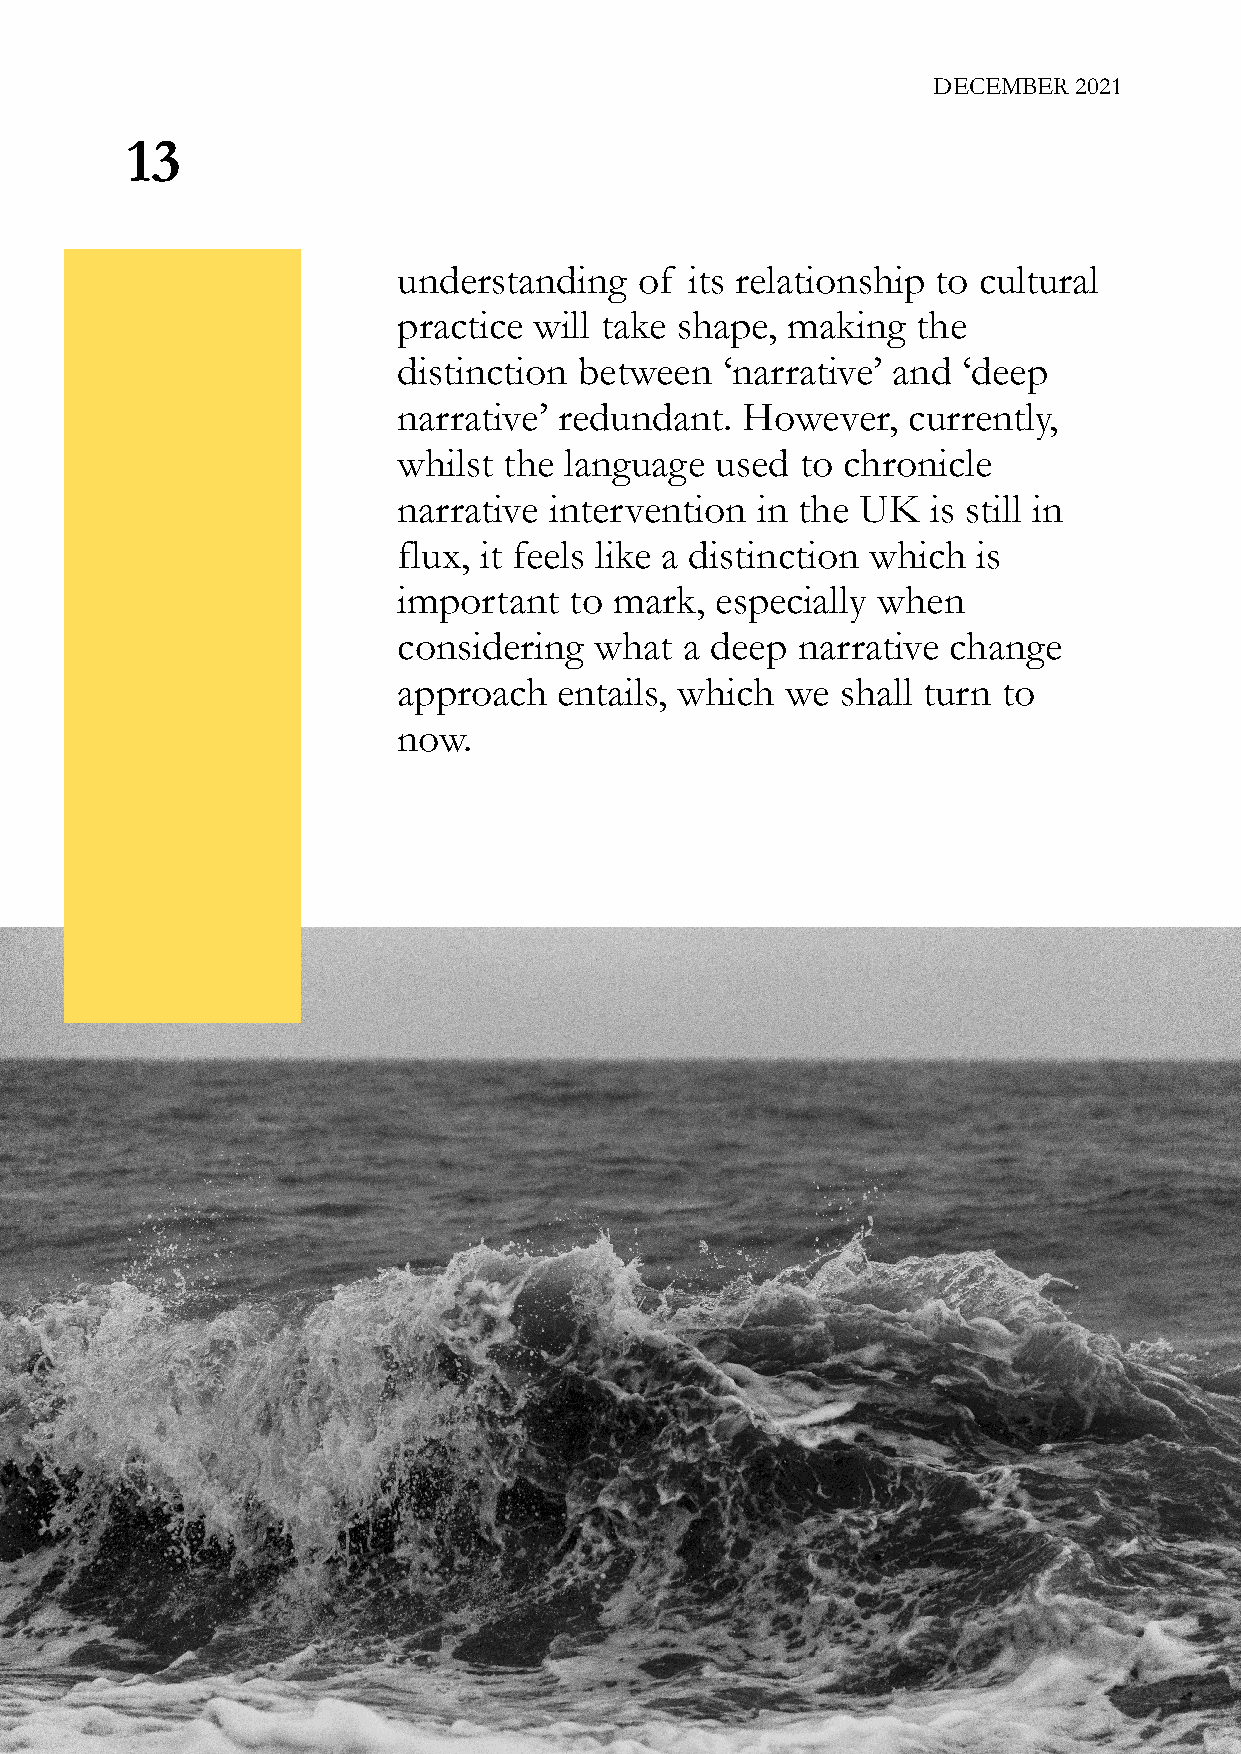
DECEMBER 2021
 13
 understanding   of  its relationship to cultural
 practice will take shape, making   the
 distinction between   ‘narrative’ and ‘deep
 narrative’ redundant.  However,   currently,
 whilst the language  used  to chronicle
 narrative intervention  in the UK   is still in
 flux, it feels like a distinction which is
 important   to mark, especially when
 considering  what  a deep  narrative change
 approach   entails, which we  shall turn to
 now.